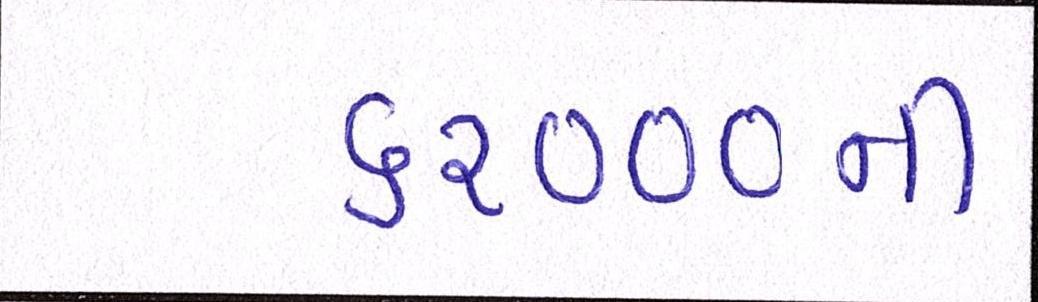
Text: ૬૨૦૦૦ની